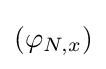
\left(\varphi _{N,x}\right)